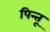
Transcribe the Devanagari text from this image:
पिन्तू